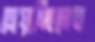
চোয়াচ্ছিলেন